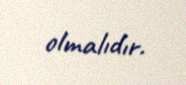
olmalıdır.